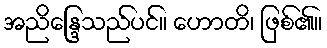
အညိန္ဒြေသည်ပင်။ ဟောတိ၊ ဖြစ်၏။